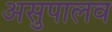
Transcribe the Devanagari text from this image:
असुपालव